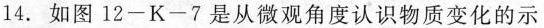
14.如图12-K-7是从微观角度认识物质变化的示